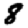
Digit: 8